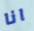
انا